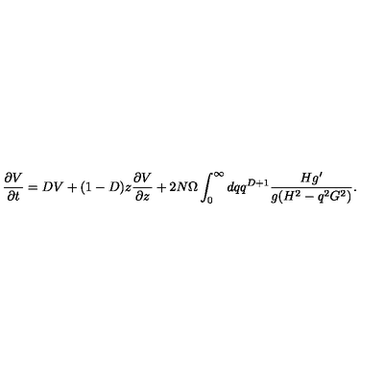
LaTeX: \frac { \partial V } { \partial t } = D V + ( 1 - D ) z \frac { \partial V } { \partial z } + 2 N \Omega \int _ { 0 } ^ { \infty } d q q ^ { D + 1 } \frac { H g ^ { \prime } } { g ( H ^ { 2 } - q ^ { 2 } G ^ { 2 } ) } .